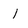
Character: 1